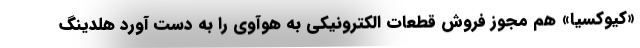
«کیوکسیا» هم مجوز فروش قطعات الکترونیکی به هوآوی را به دست آورد هلدینگ